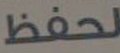
لحفظ